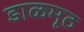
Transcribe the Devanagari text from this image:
डाळमूठ